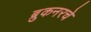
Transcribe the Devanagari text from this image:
ब्रुकनरचे